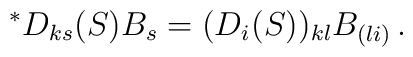
{}^\ast D_{ks}(S) B_s = (D_i(S))_{kl}B_{(li)}\,.